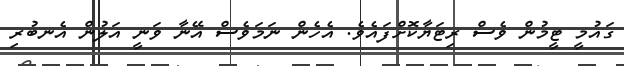
ގައުމީ ޓީމުން ވެސް ރިޓަޔާކޮށްފައެވެ. އެހެން ނަމަވެސް އޭނާ ވަނީ އަލުން އެނބުރި